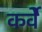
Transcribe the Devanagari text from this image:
कर्वेे